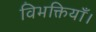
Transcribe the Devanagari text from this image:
विभक्तियाँ।